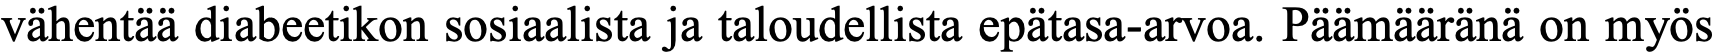
vähentää diabeetikon sosiaalista ja taloudellista epätasa-arvoa. Päämääränä on myös